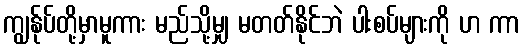
ကျွန်ုပ်တို့မှာမူကား မည်သို့မျှ မတတ်နိုင်ဘဲ ပါးစပ်များကို ဟ ကာ